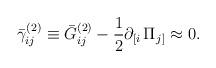
LaTeX: \begin{align*}\bar \gamma _{ij}^{(2)}\equiv \bar G_{ij}^{(2)}-\frac 12\partial_{\left[ i\right. }\Pi _{\left. j\right] }\approx 0.\end{align*}